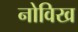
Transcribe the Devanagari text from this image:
नोविख